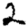
Digit: 2